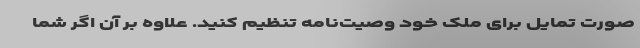
صورت تمایل برای ملک خود وصیت‌نامه تنظیم کنید. علاوه بر آن اگر شما